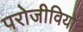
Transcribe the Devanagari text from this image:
परोजीवियों